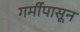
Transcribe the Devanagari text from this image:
गर्मीपासून